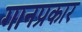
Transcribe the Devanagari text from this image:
गानप्रकार